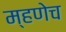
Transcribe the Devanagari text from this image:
म्हणेच